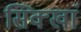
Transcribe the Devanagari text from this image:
सिक्खां